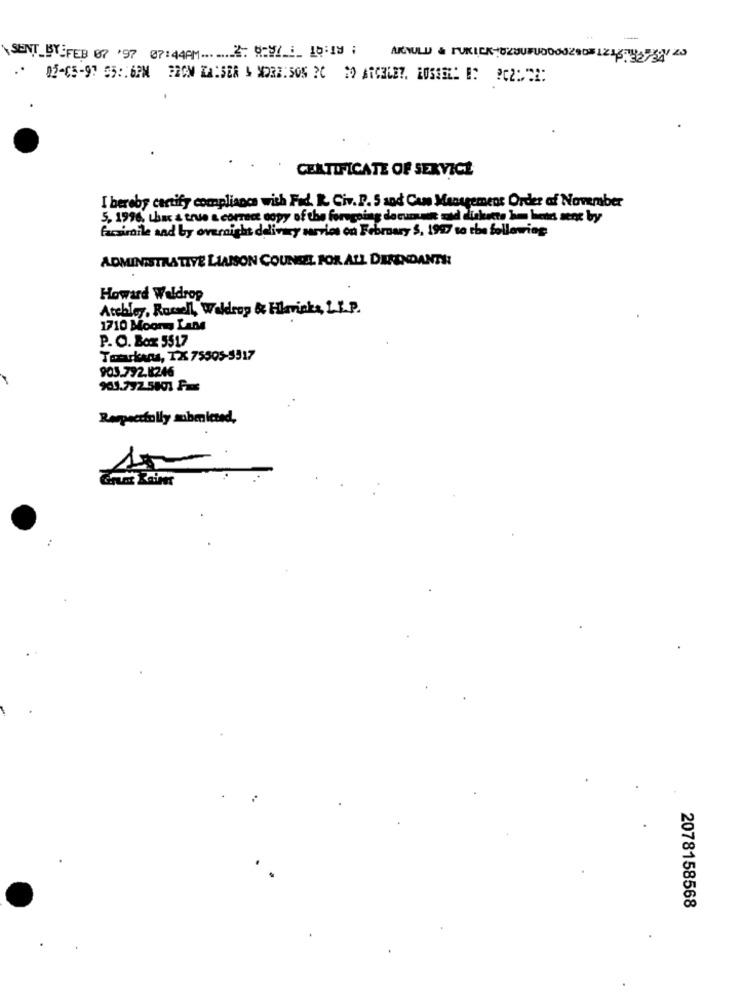
--
SENT BY-FEB 07 '97 07:44AM 2: 0-871 10:19 ;
05-05-97 55:16PM BROM KAISER & MORE:505 2C 20 A163627. LOS3511 #: 202:22:
CERTIFICATE OF SERVICE
I hereby certify compliance with Fad. R. Civ. D. 5 and Can Management Order of November
5. 1996, that a true a correct copy of the foregoing decunun mad diskette ho henn sent by
facsimile and by overnight delivery service on February S. 1997 so eba following
ADMINISTRATIVE LIAISON COUNSEL. FOR ALL DIRENDANTH
Howard Waldrop
Atebley, Russell, Waldrop & Hlaviska, L.L.P.
1710 Moor Lane
P. O. Box 5517
Tomarkans, TX 75305-5317
903.792.8246
Respectfully submitted,
2078158568